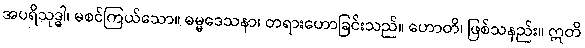
အပရိသုဒ္ဓါ၊ မစင်ကြယ်သော။ ဓမ္မဒေသနာ၊ တရားဟောခြင်းသည်။ ဟောတိ၊ ဖြစ်သနည်း။ ဣတိ